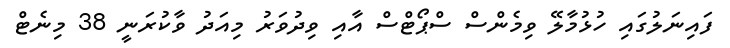
ފައިނަލުގައި ހުޅުމާލޭ ވިމެންސް ސްޕޯޓްސް އާއި ވިދުވަރު މިއަދު ވާކުރަނީ 38 މިނެޓް